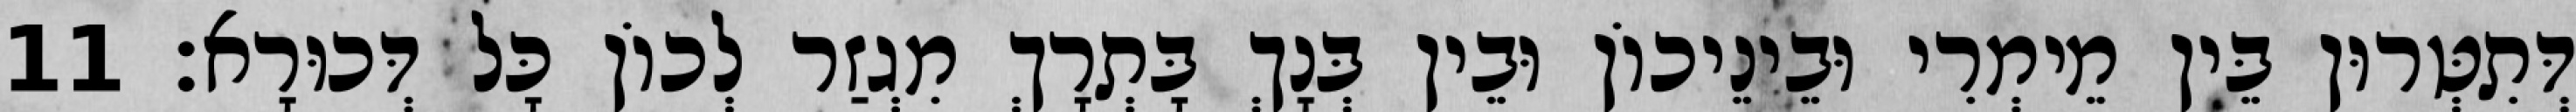
דְּתִטְּרוּן בֵּין מֵימְרִי וּבֵינֵיכוֹן וּבֵין בְּנָךְ בָּתְרָךְ מִגְזַר לְכוֹן כָּל דְּכוּרָא׃ 11